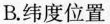
B.纬度位置